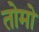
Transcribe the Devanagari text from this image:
तोमो